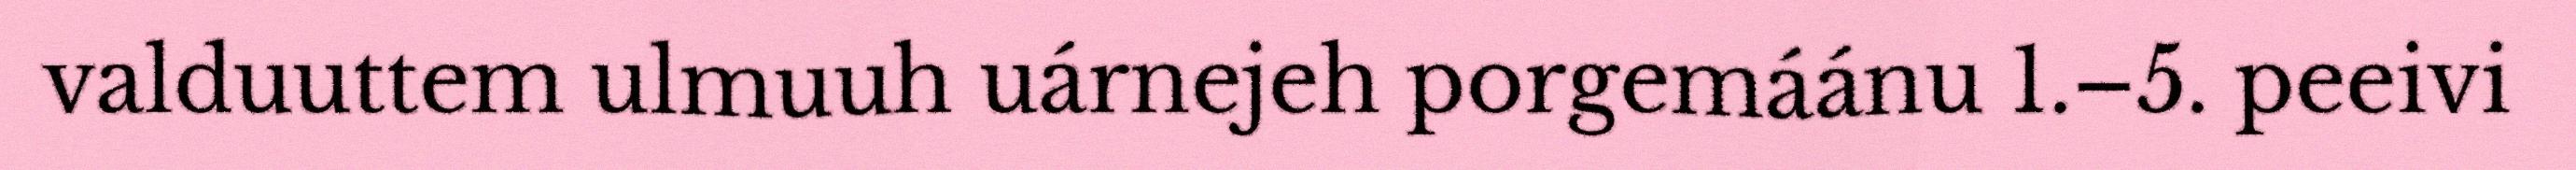
valduuttem ulmuuh uárnejeh porgemáánu 1.–5. peeivi